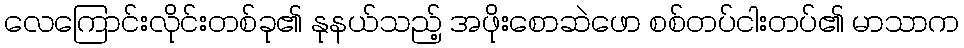
လေကြောင်းလိုင်းတစ်ခု၏ နုနယ်သည့် အဖိုးစောဆဲဖော စစ်တပ်ငါးတပ်၏ မာသာက